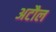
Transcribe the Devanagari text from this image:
अटौल